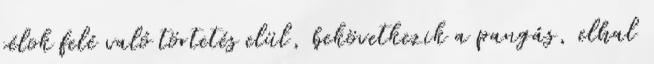
célok felé való törtetés elül, bekövetkezik a pangás, elhal